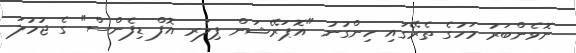
ނޮވެންބަރު މަހުގެ ތެރޭގައި ހިންގުނު "އޮޕަރޭޝަން ޕިލަރ އޮފް ޑިފެންސް" ގެ ޖުމުލަ